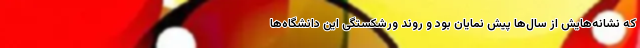
که نشانه‌هایش از سال‌ها پیش نمایان بود و روند ورشکستگی این دانشگاه‌ها